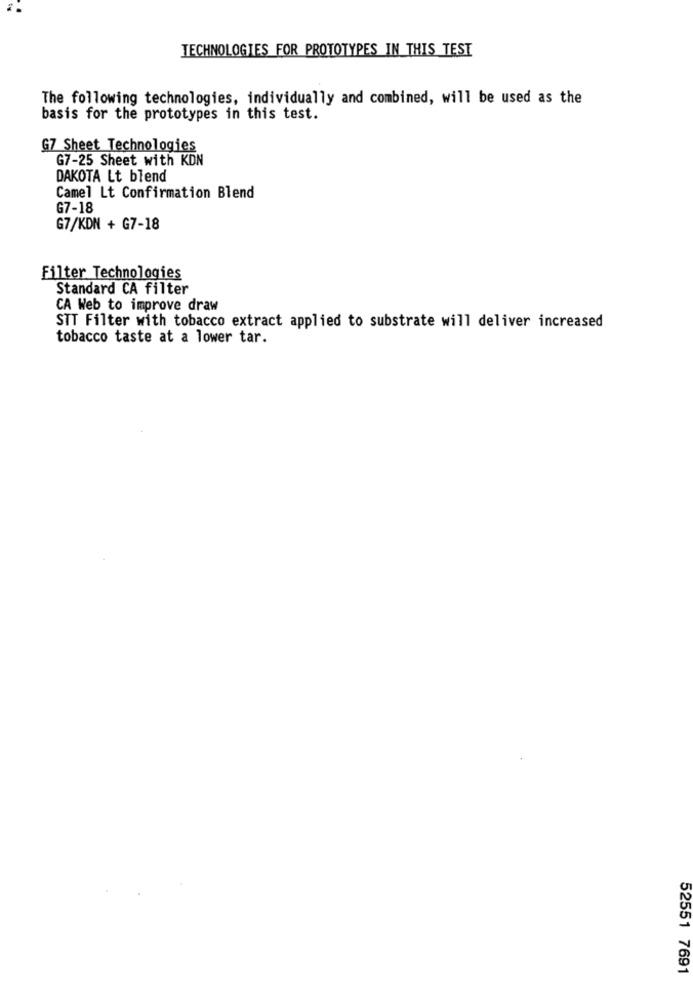
TECHNOLOGIES FOR PROTOTYPES IN THIS TEST
The following technologies, individually and combined, will be used as the
basis for the prototypes in this test.
G7 Sheet Technologies
G7-25 Sheet with KDN
DAKOTA Lt blend
Camel Lt Confirmation Blend
G7-18
G7/KDN + G7-18
Filter Technologies
Standard CA filter
CA Web to improve draw
STT Filter with tobacco extract applied to substrate will deliver increased
tobacco taste at a lower tar.
52551 7691